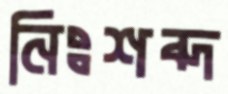
নিঃশব্দ